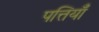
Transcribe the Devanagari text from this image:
पत्तियॉँ